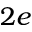
2 e